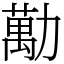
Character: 勱